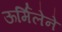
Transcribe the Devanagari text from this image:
ऊर्मिलेने